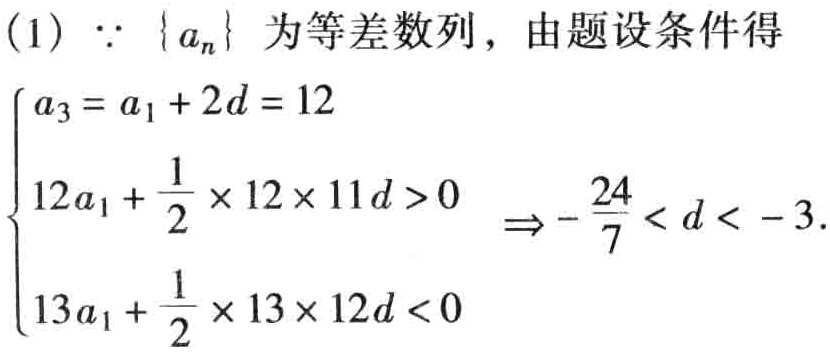
(1) $\because \{ a_{n}\}$ 为等差数列，由题设条件得

\[

\begin{cases}

a_{3}=a_{1}+2d = 12 \\

12a_{1}+\frac{1}{2}\times 12\times 11d>0 \\

13a_{1}+\frac{1}{2}\times 13\times 12d<0

\end{cases}

\Rightarrow -\frac{24}{7}<d<-3.

\]